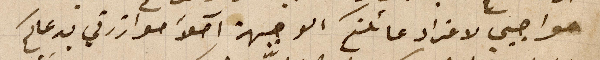
واجبي لافراد عائلتكم الوجيهة آملاً موازرتي بدعاكم